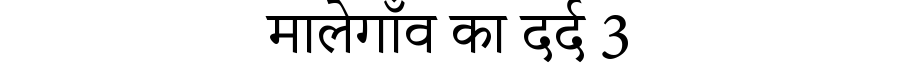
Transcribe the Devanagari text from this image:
मालेगाँव का दर्द 3